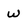
Character: W